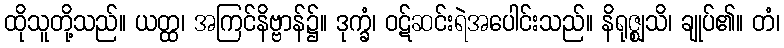
ထိုသူတို့သည်။ ယတ္ထ၊ အကြင်နိဗ္ဗာန်၌။ ဒုက္ခံ၊ ဝဋ်ဆင်းရဲအပေါင်းသည်။ နိရုဇ္ဈသိ၊ ချုပ်၏။ တံ၊